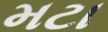
મટા